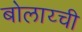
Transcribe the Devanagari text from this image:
बोलाय्ची